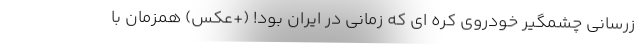
زرسانی چشمگیر خودروی کره ای که زمانی در ایران بود! (+عکس) همزمان با